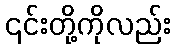
၎င်းတို့ကိုလည်း